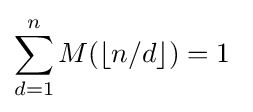
\sum _{d=1}^{n}M(\lfloor n/d\rfloor )=1\